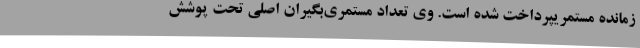
زمانده مستمریپرداخت شده است. وی تعداد مستمری‌بگیران اصلی تحت پوشش